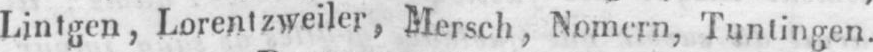
Lintgen, Lorentzweiler, Mersch, Nomern, Tuntingen.